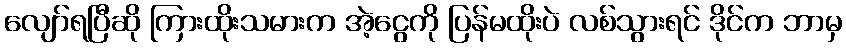
လျော်ရပြီဆို ကြားထိုးသမားက အဲ့ငွေကို ပြန်မထိုးပဲ လစ်သွားရင် ဒိုင်က ဘာမှ